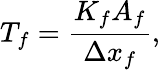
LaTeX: T_{f}=\frac{K_{f}A_{f}}{\Delta x_{f}},